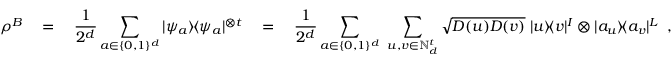
\rho ^ { B } \quad = \quad \frac { 1 } { 2 ^ { d } } \sum _ { a \in \{ 0 , 1 \} ^ { d } } | \psi _ { a } \rangle \! \langle \psi _ { a } | ^ { \otimes t } \quad = \quad \frac { 1 } { 2 ^ { d } } \sum _ { a \in \{ 0 , 1 \} ^ { d } } \ \sum _ { u , v \in { \mathbb N } _ { d } ^ { t } } \sqrt { D ( u ) D ( v ) } \; | u \rangle \! \langle v | ^ { I } \otimes | a _ { u } \rangle \! \langle a _ { v } | ^ { L } \enspace ,